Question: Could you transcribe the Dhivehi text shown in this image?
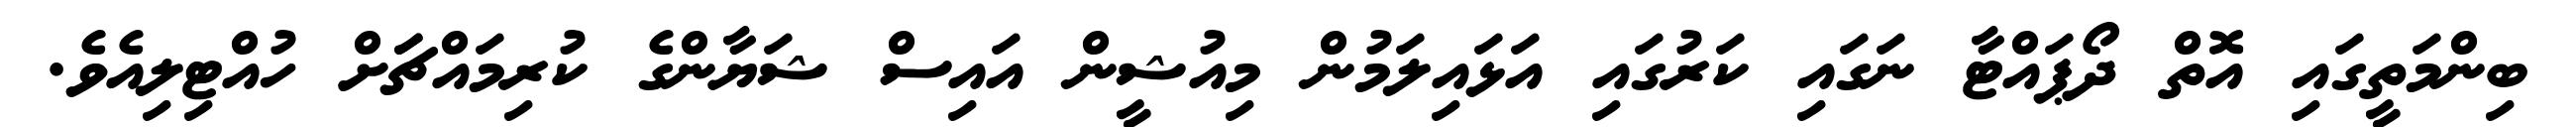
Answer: ބިންމަތީގައި އޮތް ދޯޕައްޓާ ނަގައި ކަރުގައި އަޅައިލަމުން މިއުޝީން އައިސް ޝަޔާންގެ ކުރިމައްޗަަށް ހުއްޓިލިއެވެ.